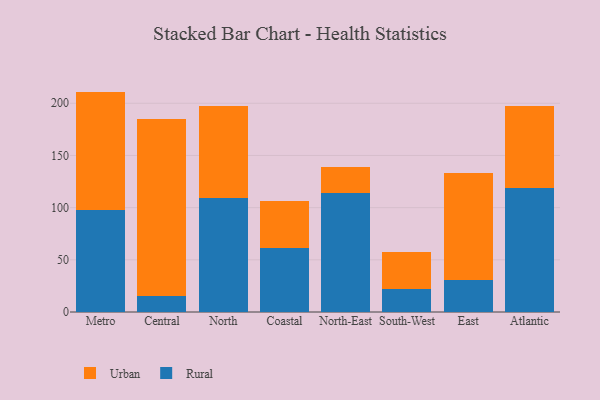
{"axis": {"x": "Region", "y": "Net Income (USD K)"}, "legend": ["Rural", "Urban"], "data": [{"x": "Metro", "y": 97.9, "type": "Rural"}, {"x": "Metro", "y": 113.3, "type": "Urban"}, {"x": "Central", "y": 15.4, "type": "Rural"}, {"x": "Central", "y": 169.9, "type": "Urban"}, {"x": "North", "y": 109.4, "type": "Rural"}, {"x": "North", "y": 87.9, "type": "Urban"}, {"x": "Coastal", "y": 61.0, "type": "Rural"}, {"x": "Coastal", "y": 45.7, "type": "Urban"}, {"x": "North-East", "y": 113.9, "type": "Rural"}, {"x": "North-East", "y": 24.8, "type": "Urban"}, {"x": "South-West", "y": 22.5, "type": "Rural"}, {"x": "South-West", "y": 35.2, "type": "Urban"}, {"x": "East", "y": 30.8, "type": "Rural"}, {"x": "East", "y": 102.3, "type": "Urban"}, {"x": "Atlantic", "y": 118.5, "type": "Rural"}, {"x": "Atlantic", "y": 79.3, "type": "Urban"}]}